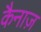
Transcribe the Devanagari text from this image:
कैनाज़